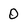
Character: 0